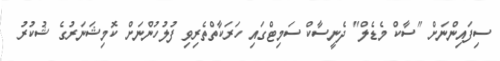
ސިފައިންނަށް "ސާކް މެޑެލް" ދެނީސާކް ސަމިޓްގައި ހަރަކާތްތެރިވި ފުލުހުންނަށް ކޮމިޝަނަރުގެ ޝުކުރު